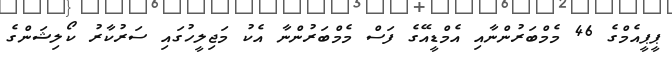
ޕީޕީއެމްގެ 46 މެމްބަރުންނާއި އެމްޑީއޭގެ ފަސް މެމްބަރުންނާ އެކު މަޖިލީހުގައި ސަރުކާރު ކޯލިޝަންގެ